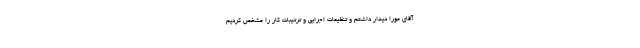
آقای مورا دیدار داشتم و تنظیمات اجرایی و ترتیبات کار را مشخص کردیم